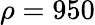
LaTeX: \rho=950